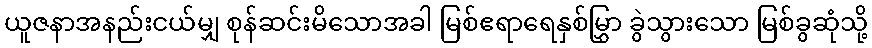
ယူဇနာအနည်းငယ်မျှ စုန်ဆင်းမိသောအခါ မြစ်ဧရာရေနှစ်မြွှာ ခွဲသွားသော မြစ်ခွဆုံသို့